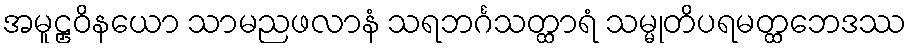
အမူဠှဝိနယော သာမညဖလာနံ သရဘင်္ဂသတ္ထာရံ သမ္မုတိပရမတ္ထဘေဒဿ